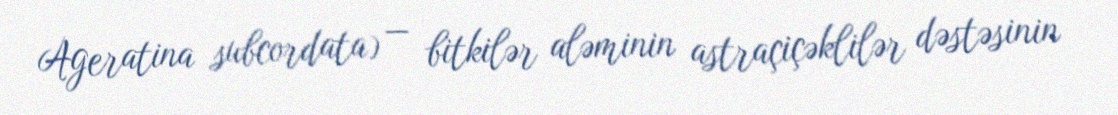
Ageratina subcordata) — bitkilər aləminin astraçiçəklilər dəstəsinin